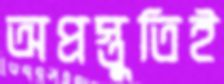
অপ্রস্তুতিই